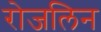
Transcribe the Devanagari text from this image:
रोजलिन